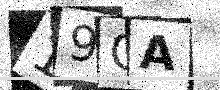
Text: 19GA